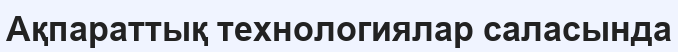
Ақпараттық технологиялар саласында